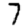
Digit: 7